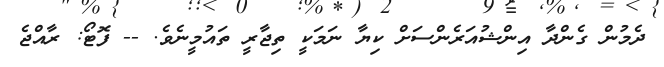
ދެމުން ގެންދާ އިންޝުއަރެންސަށް ކިޔާ ނަމަކީ ތިޖާރީ ތައުމީނެވެ. -- ފޮޓޯ: ރާއްޖެ